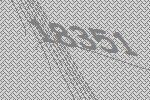
18351